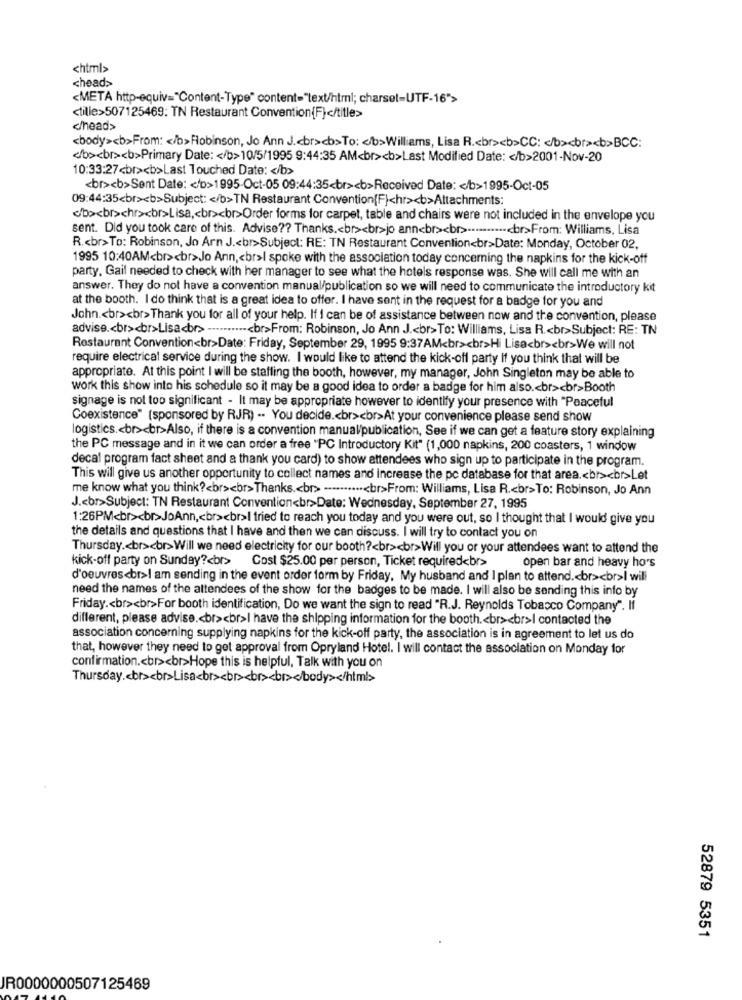
<html>
chead>
<META http-equiv="Content-Type" content="text/html; charset=UTF-16">
<tille>507125469: TN Restaurant Convention{F}</title>
<head>
<body><b>From: < /b>Robinson, Jo Ann J .< br><b>To: < b>Williams, Lisa R .< br><b>CC: < /b><br><b>BCC:
</b><br><b>Primary Date: < /b>10/5/1995 9:44:35 AM<br><b>Last Modified Date: < /b>2001-Nov-20
10:33:27<br><b>Last Touched Date: < /b>
<br><b>Sent Date: < /b>1995-Oct-05 09:44:35<br><b>Received Date: < /b>1995-Oct-05
09:44:35<br><b>Subject: < /b>TN Restaurant Convention{F}<hr><b>Attachments:
</b><br>chr><br>Lisa ,< br><br>Order forms for carpet, table and chairs were not included in the envelope you
sent. Did you took care of this. Advise ?? Thanks .< br><br>jo ann<br><br> ..........< br>From: Williams, Lisa
R .< br>To: Robinson, Jo Arn J .< br>Subject: RE: TN Restaurant Convention<br>Date: Monday, October 02,
1995 10:40AM<br><br>Jo Ann ,< br>I spoke with the association today concerning the napkins for the kick-off
party. Gail needed to check with her manager to see what the hotels response was. She will call me with an
answer. They do not have a convention manual/publication so we will need to communicate the introductory kit
at the booth. I do think that is a great idea to offer. I have sent in the request for a badge for you and
John .< br><br>Thank you for all of your help. If I can be of assistance between now and the convention, please
advise .< br><br>Lisa<><br>From: Robinson, Jo Ann J .< br>To: Williams, Lisa R .< br>Subject: RE: TN
Restaurant Convention<br>Date: Friday, September 29, 1995 9:37AM<br><br>Hi Lisa<br><br>We will not
require electrical service during the show. I would like to attend the kick-off party If you think that will be
appropriate. At this point I will be staffing the booth, however, my manager, John Singleton may be able to
work this show into his schedule so it may be a good idea to order a badge for him also .< br><br>Booth
signage is not too significant - It may be appropriate however to identify your presence with "Peaceful
Coexistence" (sponsored by RJR) .. You decide .< br><br>At your convenience please send show
logistics .< br><br>Also, if there is a convention manual/publication, See if we can get a feature story explaining
the PC message and in it we can order a free "PC Introductory Kit" (1,000 napkins, 200 coasters, 1 window
decal program fact sheet and a thank you card) to show attendees who sign up to participate in the program.
This will give us another opportunity to collect names and increase the pc database for that area .< br><br>Let
me know what you think ?< br><br>Thanks .< br> ---.......< br>From: Williams, Lisa R .< br>To: Robinson, Jo Ann
J .< br>Subject: TN Restaurant Convention<br>Date: Wednesday, September 27, 1995
1:26PM<br><br>JoAnn ,< br><br>I tried to reach you today and you were out, so I thought that I would give you
the details and questions that I have and then we can discuss. I will try to contact you on
Thursday .< br><br>Will we need electricity for our booth ?< br><br>Will you or your attendees want to attend the
kick-off party on Sunday ?< br>
Cost $25.00 per person, Ticket required<br>
open bar and heavy ho's
d'oeuvres<br>I am sending in the event order form by Friday. My husband and I plan to attend .< br><br>I will
need the names of the attendees of the show for the badges to be made. I will also be sending this info by
Friday .< br><br>For booth identification, Do we want the sign to read "R.J. Reynolds Tobacco Company". If
different, please advise .< br><br>I have the shipping information for the booth .< br><br>I contacted the
association concerning supplying napkins for the kick-off party, the association is in agreement to let us do
that, however they need to get approval from Opryland Hotel. I will contact the association on Monday for
confirmation .< br><br>Hope this is helpful, Talk with you on
Thursday .< br><br>Lisa<br><br><br><br></body></html>
52879 5351
IR0000000507125469